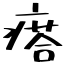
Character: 瘩